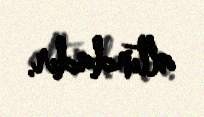
altındadır.